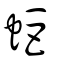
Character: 蚷